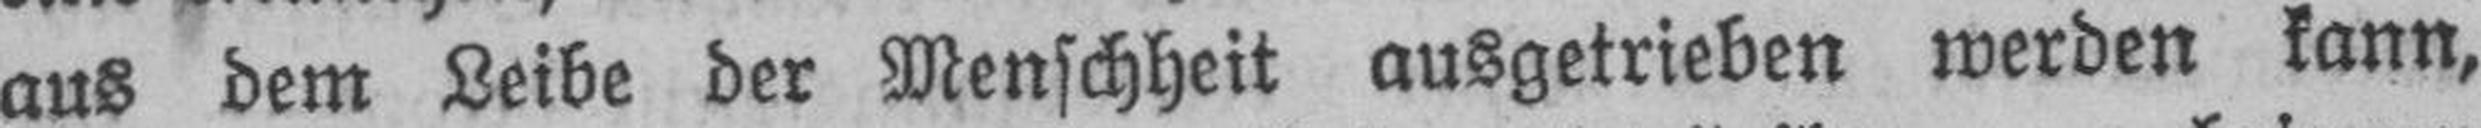
aus dem Leibe der Menschheit ausgetrieben werden kann,